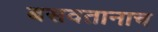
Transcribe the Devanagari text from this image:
बसवतानाच